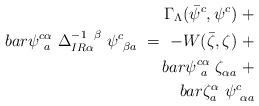
LaTeX: \begin{align*}\Gamma_{\Lambda}(\bar{\psi}^{c}_{\phantom{j}},\psi^{c}_{\phantom{j}})\ +\\bar{\psi}^{c\alpha}_{\phantom{c}a}\ \Delta^{-1\phantom{\alpha}\beta}_{IR\alpha}\ \psi^{c}_{\phantom{c}\beta a}\ =\ -W(\bar{\zeta},\zeta)\ +\\bar{\psi}^{c\alpha}_{\phantom{c}a}\ \zeta^{\phantom{\rho}}_{\alpha a}\ +\\bar{\zeta}^{\alpha}_{a}\ \psi^{c}_{\phantom{c}\alpha a}\end{align*}